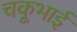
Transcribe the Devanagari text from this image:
चकूभाई